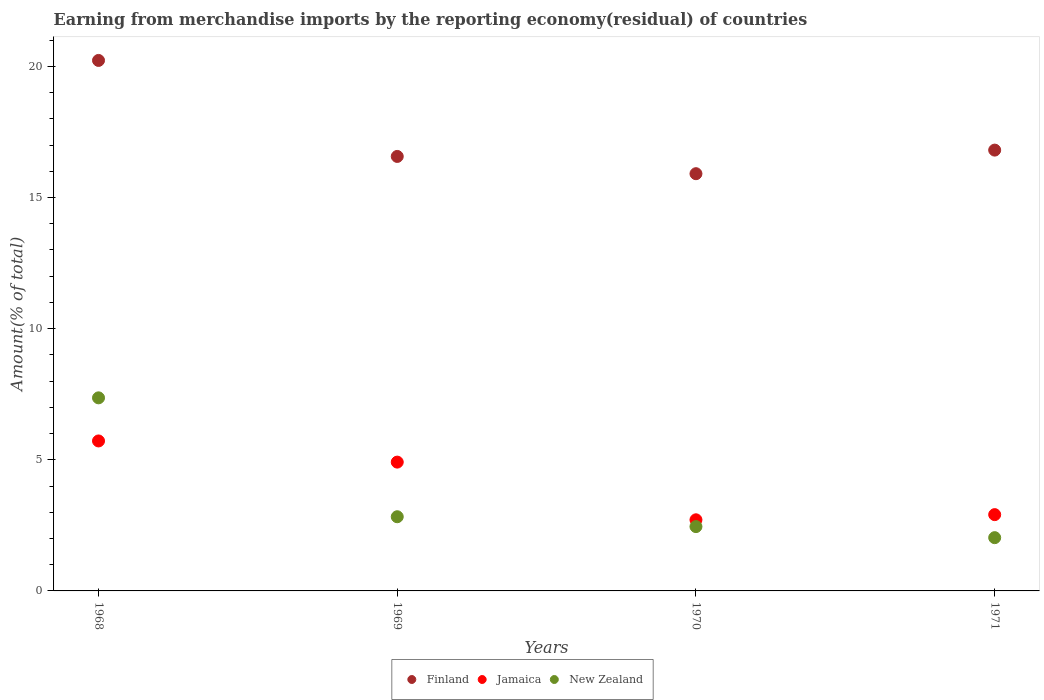
| Years | Finland | Jamaica | New Zealand |
 | --- | --- | --- | --- |
 | 1968 | 20.2 | 5.72 | 7.36 |
 | 1969 | 16.6 | 4.91 | 2.83 |
 | 1970 | 15.9 | 2.71 | 2.45 |
 | 1971 | 16.8 | 2.91 | 2.03 |